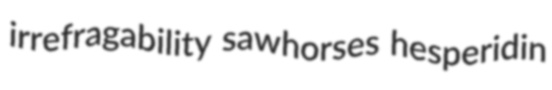
irrefragability sawhorses hesperidin